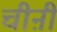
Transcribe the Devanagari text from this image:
चीऩी